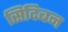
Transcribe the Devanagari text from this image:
सिंदिबन